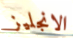
الانجليز